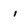
Character: i